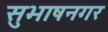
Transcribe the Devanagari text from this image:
सुभाषनगर